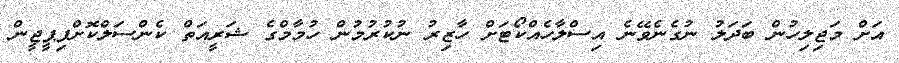
އަށް މަޖިލިހުން ބަދަލު ނުގެނެވޭނެ އިސްލާހެއްކޯޓަށް ހާޒިރު ނުކުރުމުން ހުމާމްގެ ޝަރީއަތް ކެންސަލްކޮށްފިޕީޖީން